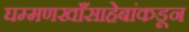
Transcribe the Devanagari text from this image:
घम्मणखाँसाहेबांकडून